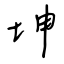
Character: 坤